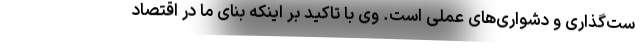
ست‌گذاری و دشواری‌های عملی است. وی با تاکید بر اینکه بنای ما در اقتصاد